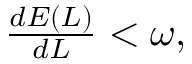
\begin{array} { r } { \frac { d E ( L ) } { d L } < \omega , } \end{array}